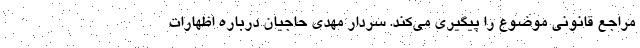
مراجع قانونی موضوع را پیگیری می‌کند. سردار مهدی حاجیان درباره اظهارات